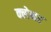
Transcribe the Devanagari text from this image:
क्लेनर